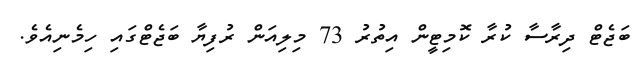
ބަޖެޓް ދިރާސާ ކުރާ ކޮމިޓީން އިތުރު 73 މިލިއަން ރުފިޔާ ބަޖެޓްގައި ހިމެނިއެވެ.